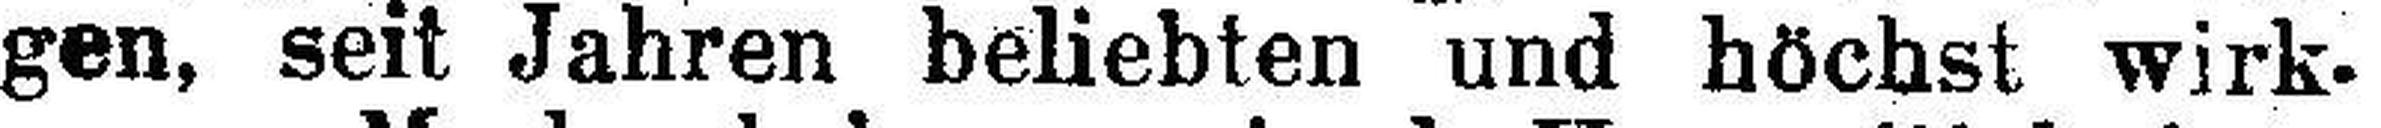
gen, seit Jahren beliebten und höchst wirk¬